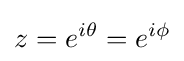
z=e^{i\theta }=e^{i\phi }